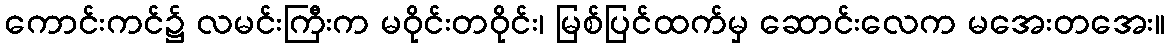
ကောင်းကင်၌ လမင်းကြီးက မဝိုင်းတဝိုင်း၊ မြစ်ပြင်ထက်မှ ဆောင်းလေက မအေးတအေး။